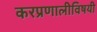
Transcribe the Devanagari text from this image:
करप्रणालीविषयी